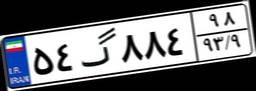
۵۴گ۸۸۴۹۸